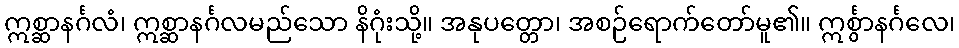
ဣစ္ဆာနင်္ဂလံ၊ ဣစ္ဆာနင်္ဂလမည်သော နိဂုံးသို့။ အနုပတ္တော၊ အစဉ်ရောက်တော်မူ၏။ ဣင်္စွာနင်္ဂလေ၊